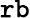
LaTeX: \tt rb